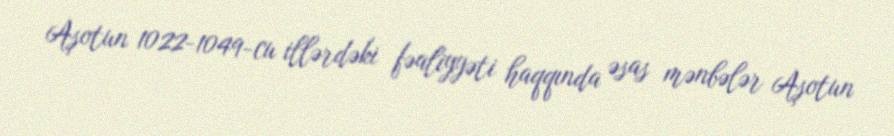
Aşotun 1022-1049-cu illərdəki fəaliyyəti haqqında əsas mənbələr Aşotun